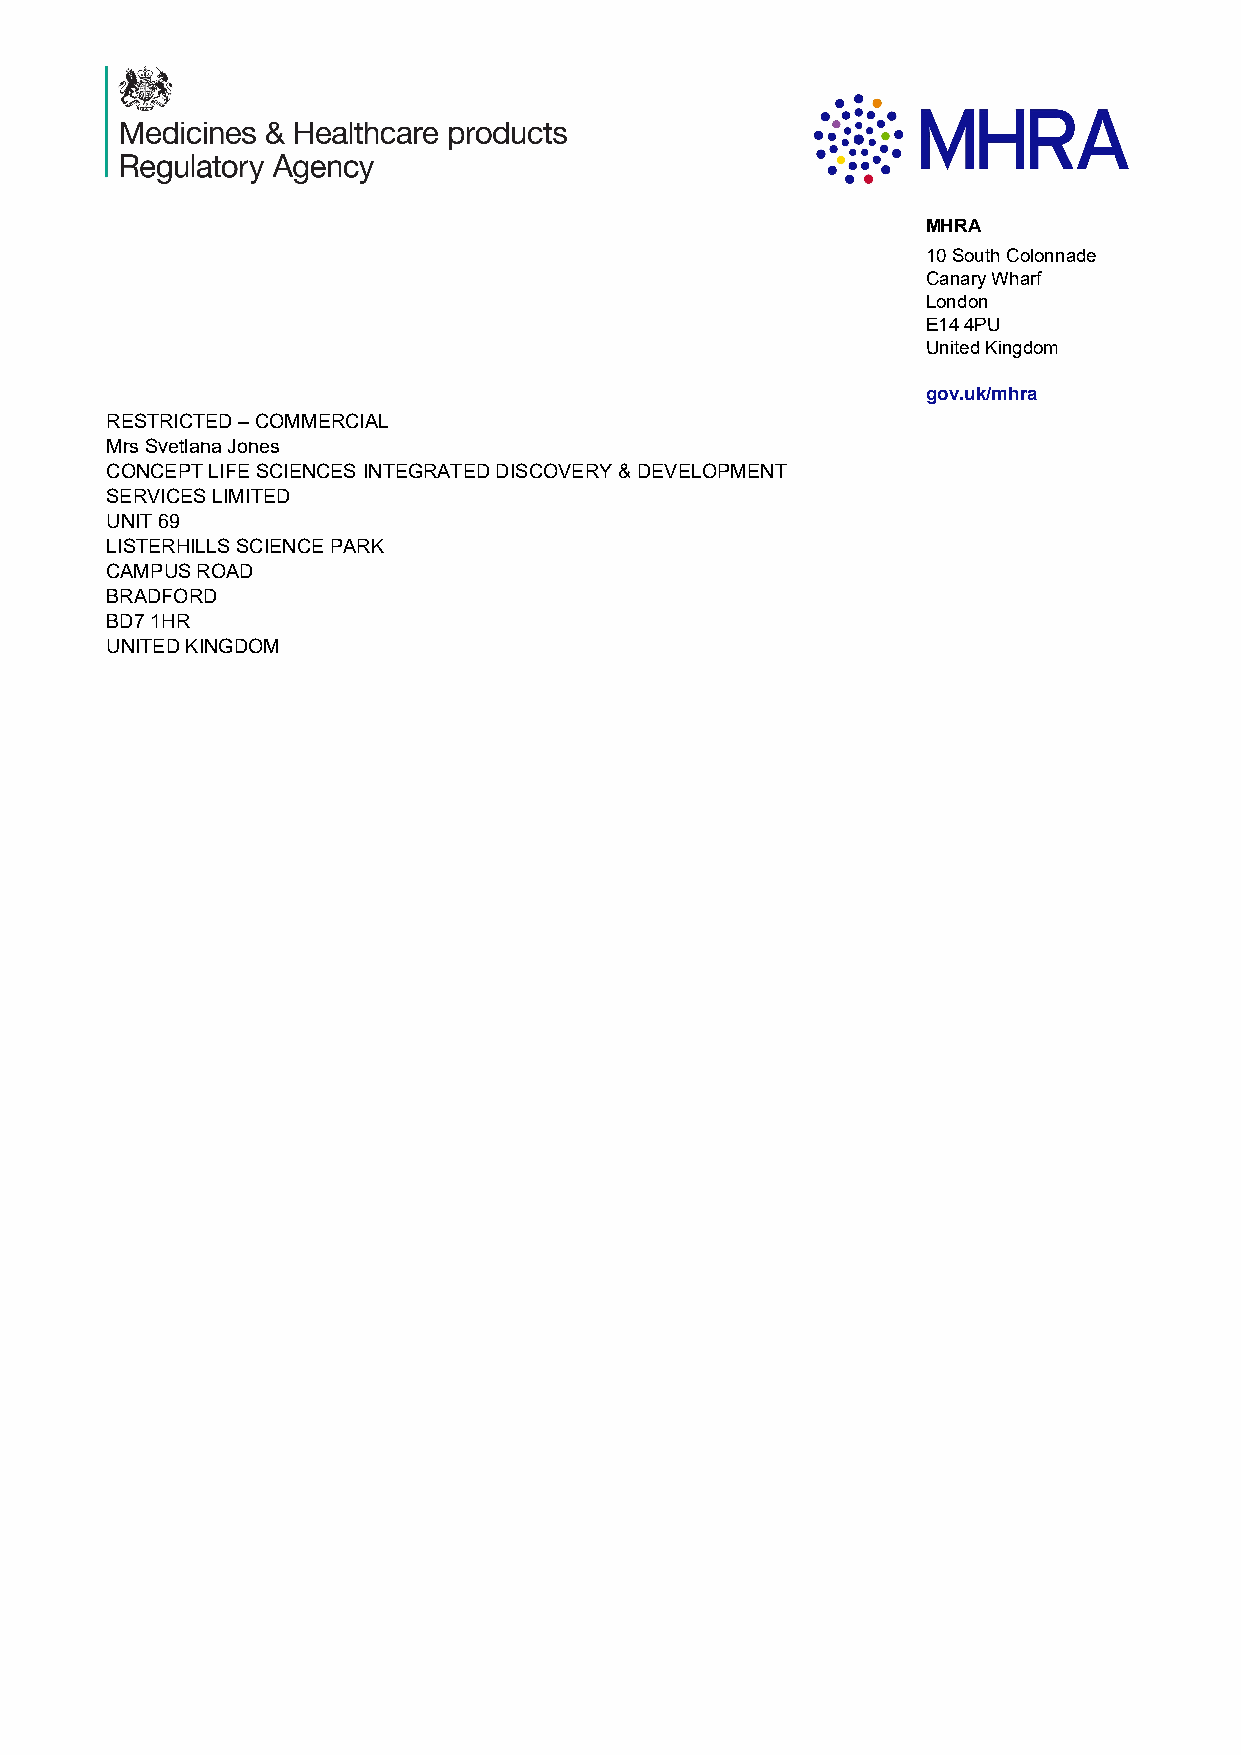
MHRA
 10 South Colonnade
 Canary Wharf
 London
 E14 4PU
 United Kingdom
 gov.uk/mhra
 RESTRICTED – COMMERCIAL
 Mrs Svetlana Jones
 CONCEPT LIFE SCIENCES INTEGRATED DISCOVERY & DEVELOPMENT
 SERVICES LIMITED
 UNIT 69
 LISTERHILLS SCIENCE PARK
 CAMPUS ROAD
 BRADFORD
 BD7 1HR
 UNITED KINGDOM